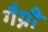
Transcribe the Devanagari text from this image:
गैग्नी